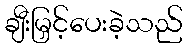
ချီးမြှင့်ပေးခဲ့သည်